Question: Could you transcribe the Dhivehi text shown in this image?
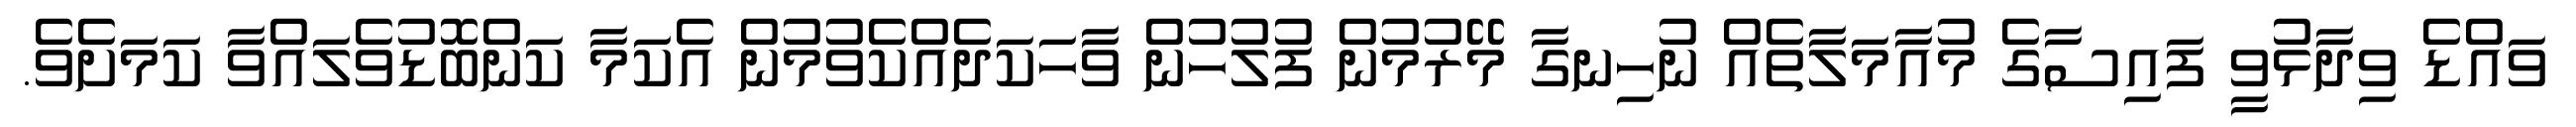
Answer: ވައްޑެ ވިދާޅުވީ ފައިސާގެ މުއާމަލާތެއް ނުހިނގާ މޭރުމުން ފުލުހުން ވާހަކަދެއްކެވުމުން އެކަމާ ކަންބޮޑުވެލައްވާ ކަމަށެވެ.